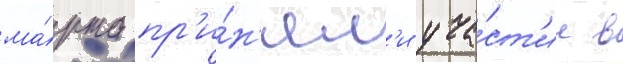
ма́рта пр'и́н'ял'и уча́ст'ие в